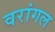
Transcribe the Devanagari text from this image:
वरांगल